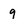
Character: 9